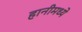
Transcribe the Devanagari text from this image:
हानीमध्ये